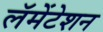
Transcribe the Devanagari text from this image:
लॅमेंटेशन